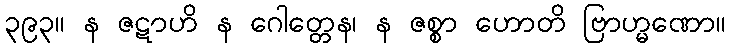
၃၉၃။ န ဇဋာဟိ န ဂေါတ္တေန၊ န ဇစ္စာ ဟောတိ ဗြာဟ္မဏော။